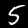
Digit: 5